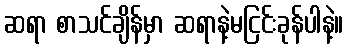
ဆရာ စာသင်ချိန်မှာ ဆရာနဲ့မငြင်းခုန်ပါနဲ့။